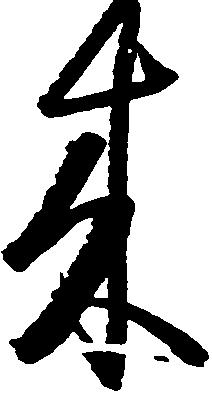
来